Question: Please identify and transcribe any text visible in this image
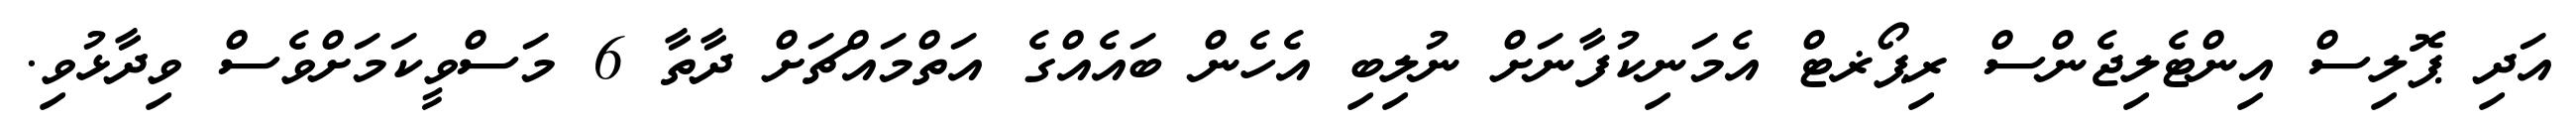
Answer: އަދި ޕޮލިސް އިންޓެލިޖެންސް ރިޕޯޜޓް އެމަނިކުފާނަށް ނުލިބި އެހެން ބައެއްގެ އަތްމައްޗަށް ދާތާ 6 މަސްވީކަމަށްވެސް ވިދާޅުވި.